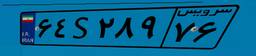
۴۳S۴۵۸۰۱